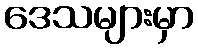
ဒေသများမှာ